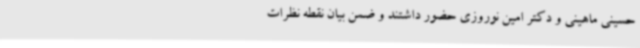
حسینی ماهینی و دکتر امین نوروزی حضور داشتند و ضمن بیان نقطه نظرات